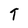
Character: T